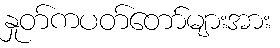
နှုတ်ကပတ်တော်များအား